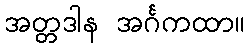
အတ္တဒါန အင်္ဂကထာ။